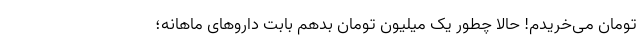
تومان می‌خریدم! حالا چطور یک میلیون تومان بدهم بابت داروهای ماهانه؛